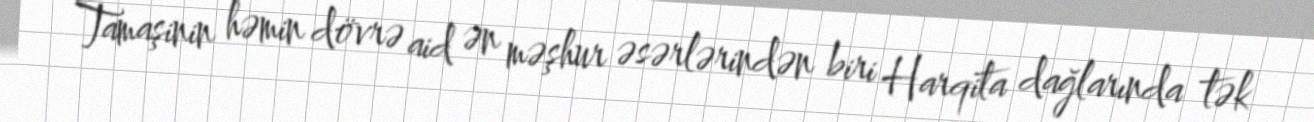
Tamaşinin həmin dövrə aid ən məşhur əsərlərindən biri Harqita dağlarında tək